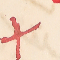
X